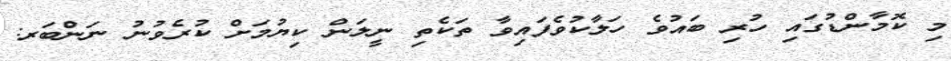
މި ކޮމާންޑުގައި ހުރި ބައުވެ ހަލާކުވެފައިވާ ތަކެތި ނީލަން ކިޔުމަށް ކުރެވުނު ނަންބަރ: